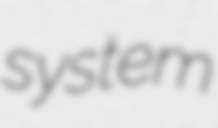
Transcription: system